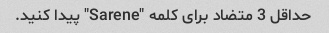
حداقل 3 متضاد برای کلمه "Sarene" پیدا کنید.